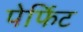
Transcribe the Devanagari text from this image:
पेर्फिट